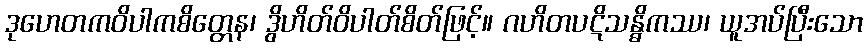
ဒုဟေတကဝိပါကစိတ္တေန၊ ဒွိဟိတ်ဝိပါတ်စိတ်ဖြင့်။ ဂဟိတပဋိသန္ဓိကဿ၊ ယူအပ်ပြီးသော